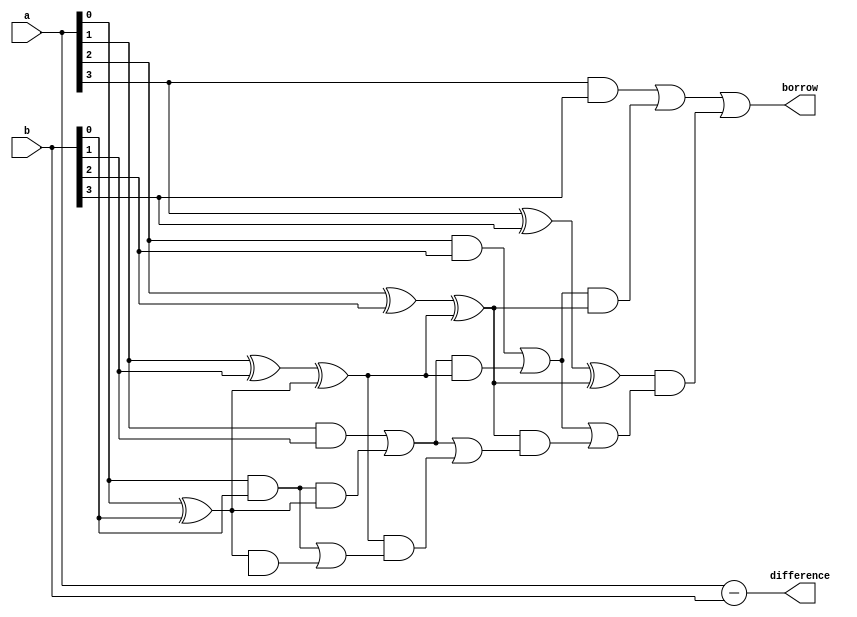
module carry_lookahead_subtractor (
    input [3:0] a,
    input [3:0] b,
    output [3:0] difference,
    output borrow
);

wire [4:0] g, p, c;

assign g[0] = a[0] & b[0];
assign p[0] = a[0] ^ b[0];
assign g[1] = a[1] & b[1] | g[0] & p[0];
assign p[1] = a[1] ^ b[1] ^ p[0];
assign g[2] = a[2] & b[2] | g[1] & p[1];
assign p[2] = a[2] ^ b[2] ^ p[1];
assign g[3] = a[3] & b[3] | g[2] & p[2];
assign p[3] = a[3] ^ b[3] ^ p[2];

assign c[1] = g[0] | (p[0] & c[0]);
assign c[2] = g[1] | (p[1] & c[1]);
assign c[3] = g[2] | (p[2] & c[2]);
assign c[4] = g[3] | (p[3] & c[3]);

assign difference = a - b;
assign borrow = c[4];

endmodule